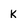
Character: K